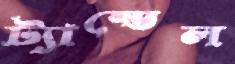
ট্যান্ডেল